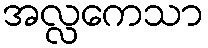
အလ္လကေသာ